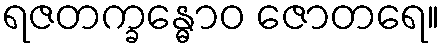
ရဇတက္ခန္ဓောဝ ဇောတရေ။